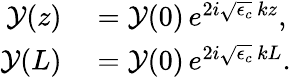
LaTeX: \begin{array}{rl}{\mathcal{Y}(z)}&{{}=\mathcal{Y}(0)\, e^{2i\sqrt{\epsilon_{c}}\, kz},}\\ {\mathcal{Y}(L)}&{{}=\mathcal{Y}(0)\, e^{2i\sqrt{\epsilon_{c}}\, kL}.}\end{array}